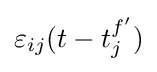
\varepsilon _{ij}(t-t_{j}^{f'})